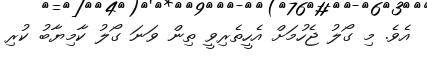
އެވެ. މި ގޯލު ޖެހުމަށް އެހީތެރިވީ ތިން ވަނަ ގޯލު ކާމިޔާބު ކުރި